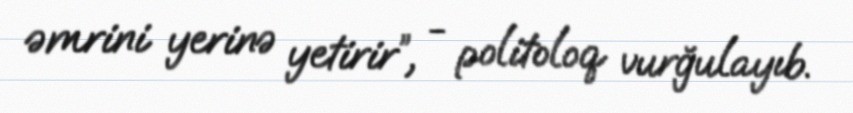
əmrini yerinə yetirir”, - politoloq vurğulayıb.